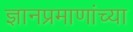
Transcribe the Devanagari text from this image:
ज्ञानप्रमाणांच्या